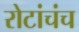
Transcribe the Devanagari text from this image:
रोटांचंच